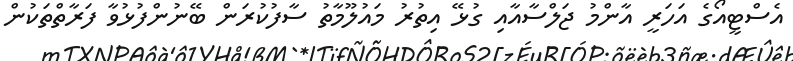
އެސްޓީއޯގެ އަހަރީ އާންމު ޖަލްސާއާއި ގުޅޭ އިތުރު މައުލޫމާތު ސާފުކުރަން ބޭނުންފުޅުވާ ފަރާތްތަކުން